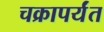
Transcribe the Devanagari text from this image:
चक्रापर्यंत